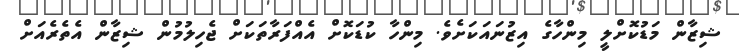
ޝިޒާން މަޑުކޮށްލީ މިންހާގެ އިޒުނައަކަށެވެ. މިންހާ ކުޑަކޮށް އެއްފަރާތަކަށް ޖެހިލުމުން ޝިޒާން އެތެރެއަށް